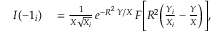
\begin{array} { r l } { I ( - 1 _ { i } ) } & { { } = \frac { 1 } { X \sqrt { X _ { i } } } \, e ^ { - R ^ { 2 } \, Y / X } \, F \Bigg [ R ^ { 2 } \bigg ( \frac { Y _ { i } } { X _ { i } } - \frac { Y } { X } \bigg ) \Bigg ] , } \end{array}